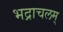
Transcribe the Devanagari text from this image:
भद्राचलम्‌